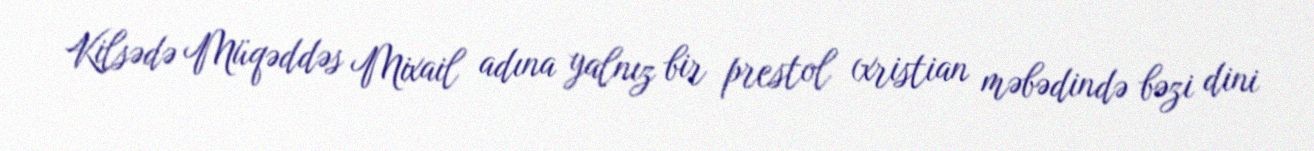
Kilsədə Müqəddəs Mixail adına yalnız bir prestol (xristian məbədində bəzi dini